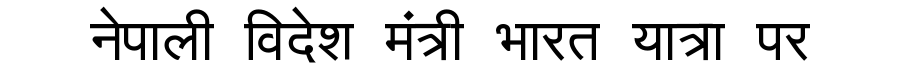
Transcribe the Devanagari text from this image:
नेपाली विदेश मंत्री भारत यात्रा पर